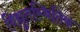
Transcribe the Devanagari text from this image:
विद्युतस्थितिक